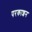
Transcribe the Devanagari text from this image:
परकाशन